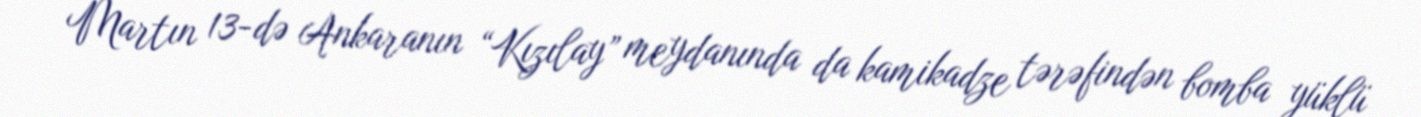
Martın 13-də Ankaranın “Kızılay” meydanında da kamikadze tərəfindən bomba yüklü